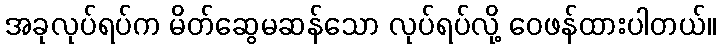
အခုလုပ်ရပ်က မိတ်ဆွေမဆန်သော လုပ်ရပ်လို့ ဝေဖန်ထားပါတယ်။